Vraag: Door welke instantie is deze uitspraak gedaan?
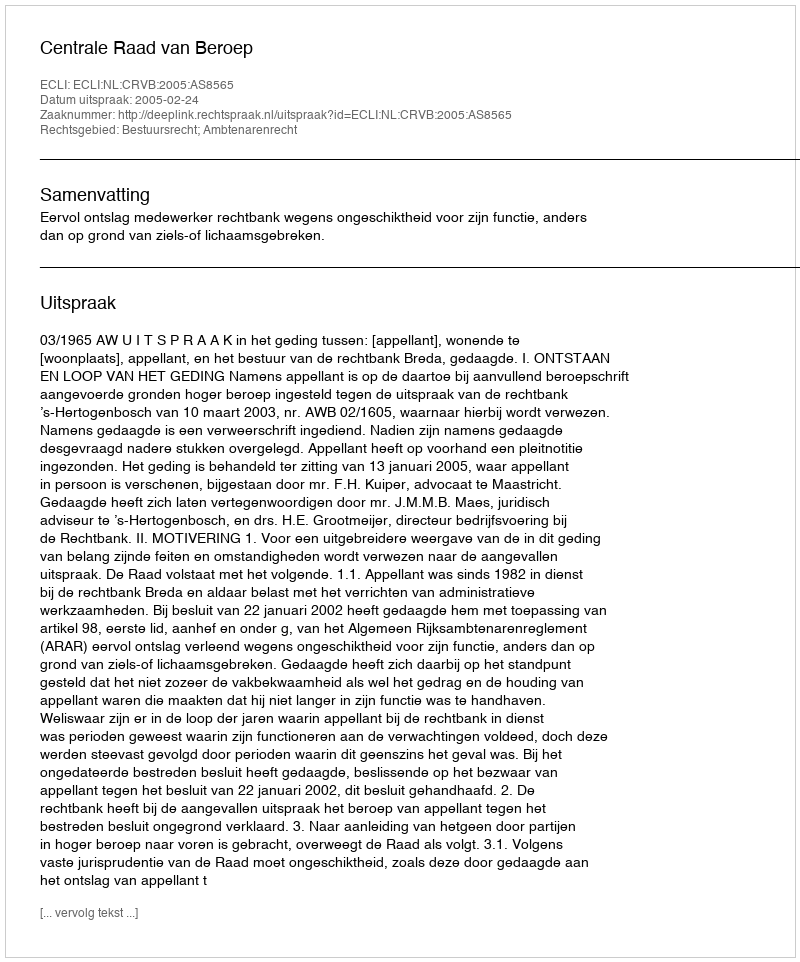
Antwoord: Centrale Raad van Beroep